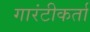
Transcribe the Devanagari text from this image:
गारंटीकर्ता